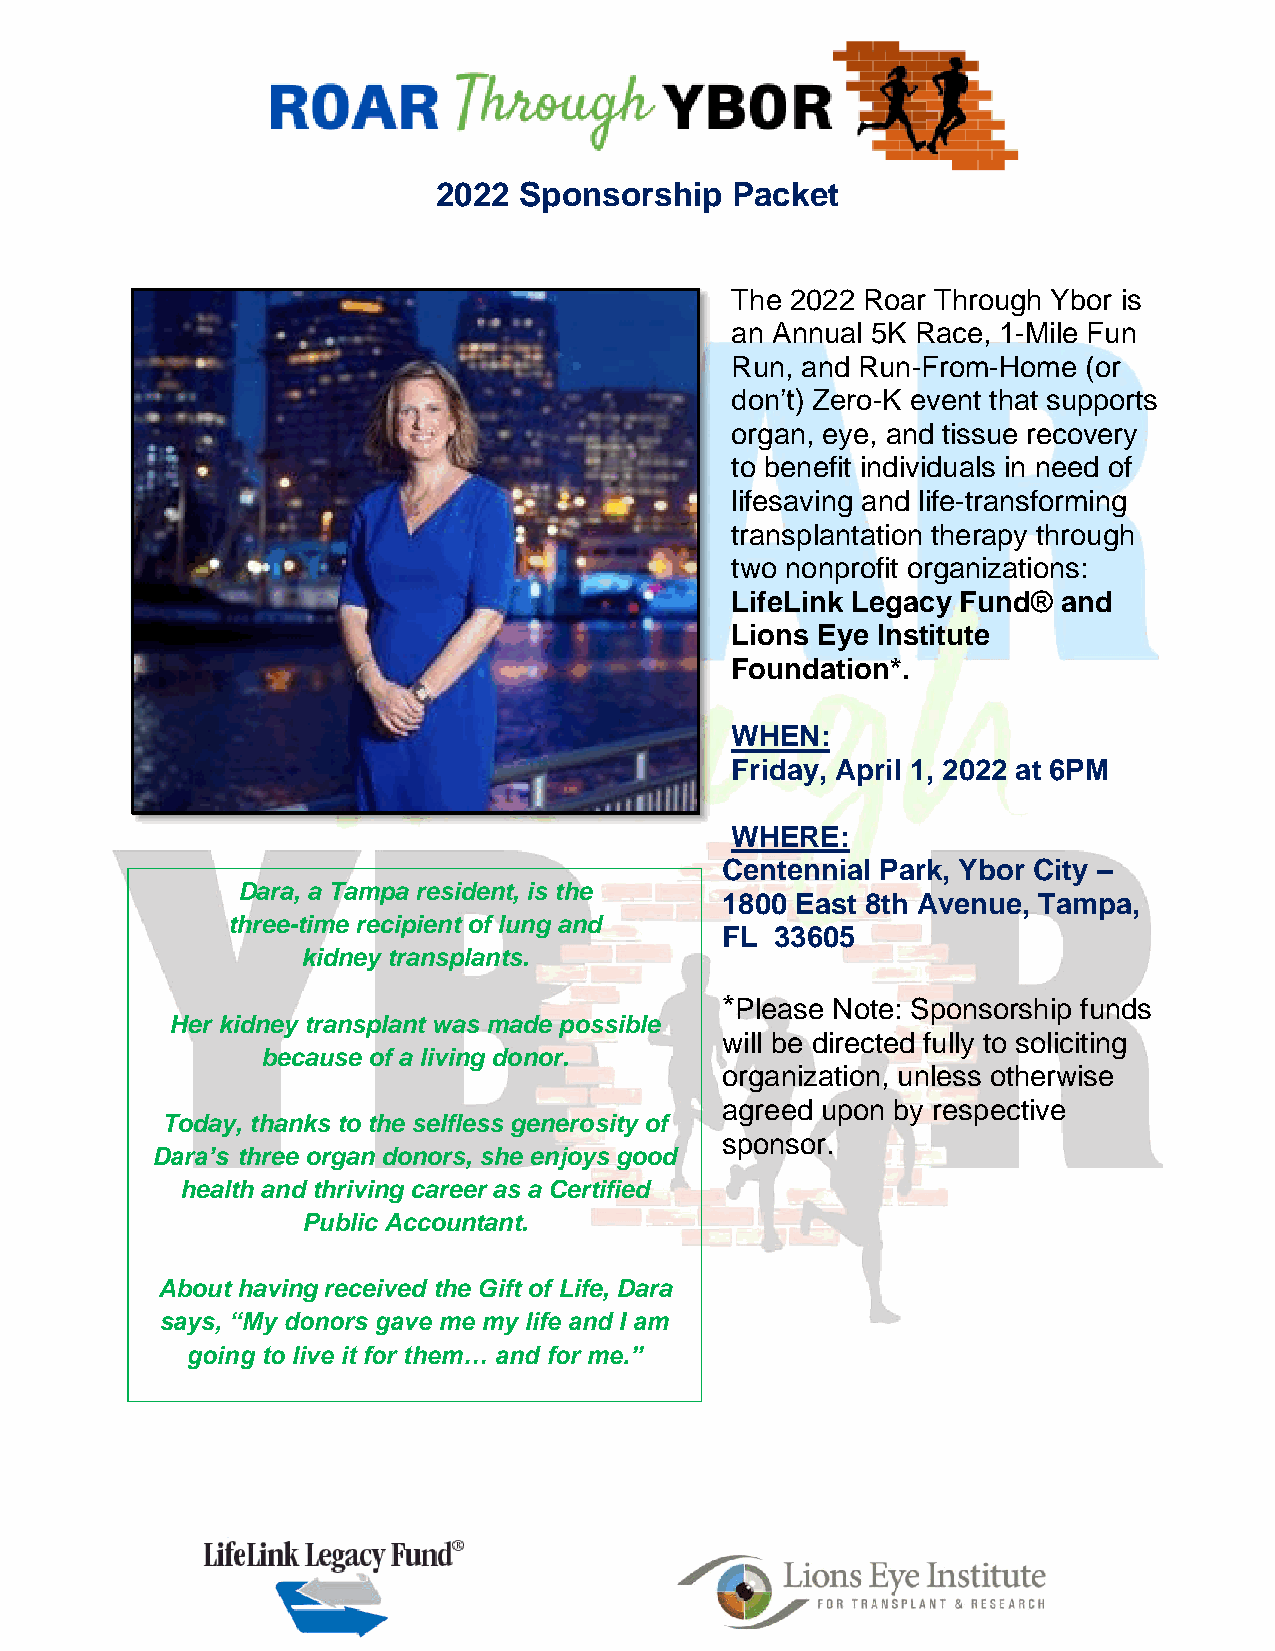
2022 Sponsorship   Packet
 The 2022 Roar Through Ybor is
 an Annual 5K Race, 1-Mile Fun
 Run, and Run-From-Home  (or
 don’t) Zero-K event that supports
 organ, eye, and tissue recovery
 to benefit individuals in need of
 lifesaving and life-transforming
 transplantation therapy through
 two nonprofit organizations:
 LifeLink Legacy Fund® and
 Lions Eye Institute
 Foundation*.
 WHEN:
 Friday, April 1, 2022 at 6PM
 WHERE:
 Centennial Park, Ybor City –
 Dara, a Tampa resident, is the
 1800 East 8th Avenue, Tampa,
 three-time recipient of lung and
 FL 33605
 kidney transplants.
 *Please Note: Sponsorship funds
 Her kidney transplant was made possible
 will be directed fully to soliciting
 because of a living donor.
 organization, unless otherwise
 agreed upon by respective
 Today, thanks to the selfless generosity of
 sponsor.
 Dara’s three organ donors, she enjoys good
 health and thriving career as a Certified
 Public Accountant.
 About having received the Gift of Life, Dara
 says, “My donors gave me my life and I am
 going to live it for them… and for me.”